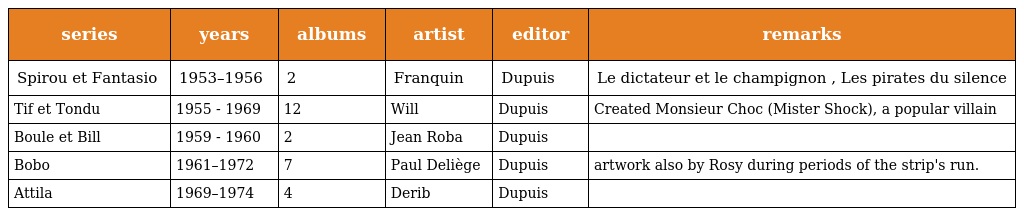
| series | years | albums | artist | editor | remarks |
 | --- | --- | --- | --- | --- | --- |
 | Spirou et Fantasio | 1953–1956 | 2 | Franquin | Dupuis | Le dictateur et le champignon , Les pirates du silence |
 | Tif et Tondu | 1955 - 1969 | 12 | Will | Dupuis | Created Monsieur Choc (Mister Shock), a popular villain |
 | Boule et Bill | 1959 - 1960 | 2 | Jean Roba | Dupuis |  |
 | Bobo | 1961–1972 | 7 | Paul Deliège | Dupuis | artwork also by Rosy during periods of the strip's run. |
 | Attila | 1969–1974 | 4 | Derib | Dupuis |  |